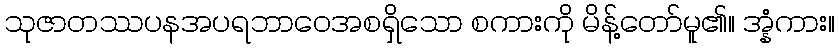
သုဇာတဿပနအပရဘာဝေအစရှိသော စကားကို မိန့်တော်မူ၏။ အ္နံကား။